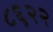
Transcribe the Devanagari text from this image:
८६२२